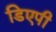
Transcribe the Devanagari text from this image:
डिएपी